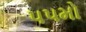
૫૫મો